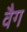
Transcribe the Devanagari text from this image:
वैग